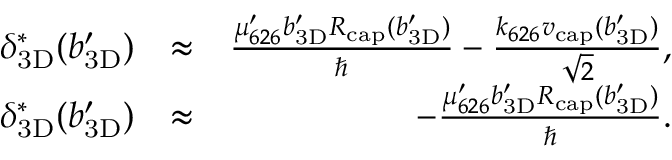
\begin{array} { r l r } { \ensuremath { \delta _ { \mathrm { 3 D } } } ^ { * } ( \ensuremath { b _ { \mathrm { 3 D } } ^ { \prime } } ) } & { \approx } & { \frac { \mu _ { 6 2 6 } ^ { \prime } \ensuremath { b _ { \mathrm { 3 D } } ^ { \prime } } \ensuremath { R _ { \mathrm { c a p } } } ( \ensuremath { b _ { \mathrm { 3 D } } ^ { \prime } } ) } { \hbar } - \frac { \ensuremath { k _ { 6 2 6 } } \ensuremath { v _ { \mathrm { c a p } } } ( \ensuremath { b _ { \mathrm { 3 D } } ^ { \prime } } ) } { \sqrt { 2 } } , } \\ { \ensuremath { \delta _ { \mathrm { 3 D } } } ^ { * } ( \ensuremath { b _ { \mathrm { 3 D } } ^ { \prime } } ) } & { \approx } & { - \frac { \mu _ { 6 2 6 } ^ { \prime } \ensuremath { b _ { \mathrm { 3 D } } ^ { \prime } } \ensuremath { R _ { \mathrm { c a p } } } ( \ensuremath { b _ { \mathrm { 3 D } } ^ { \prime } } ) } { \hbar } . } \end{array}